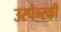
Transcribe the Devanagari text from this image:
उस्पेन्स्की